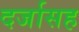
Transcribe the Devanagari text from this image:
दर्जासह